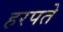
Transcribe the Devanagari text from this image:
हरपते